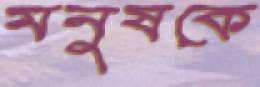
মনুষকে